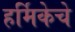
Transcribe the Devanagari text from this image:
हर्मिकेचे